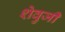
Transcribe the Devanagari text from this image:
शेवुजी